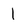
Character: l